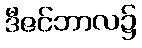
ဒီဇင်ဘာလ၌